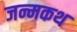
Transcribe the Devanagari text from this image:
जन्मकथ